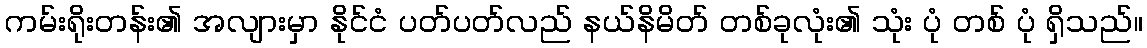
ကမ်းရိုးတန်း၏ အလျားမှာ နိုင်ငံ ပတ်ပတ်လည် နယ်နိမိတ် တစ်ခုလုံး၏ သုံး ပုံ တစ် ပုံ ရှိသည်။